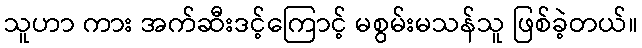
သူဟာ ကား အက်ဆီးဒင့်ကြောင့် မစွမ်းမသန်သူ ဖြစ်ခဲ့တယ်။